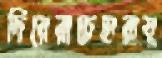
দিয়েরাচেহারায়